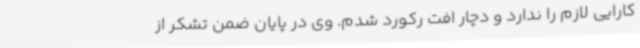
کارایی لازم را ندارد و دچار افت رکورد شدم. وی در پایان ضمن تشکر از